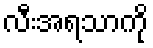
လီးအရသာကို